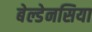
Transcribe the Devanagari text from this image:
बेल्डेनसिया